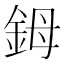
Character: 鉧